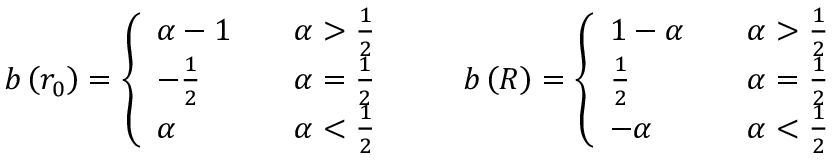
b \left( r _ { 0 } \right) = \left\{ \begin{array} { l l } { { \alpha - 1 } } & { { \quad \alpha > \frac { 1 } { 2 } } } \\ { { - \frac { 1 } { 2 } } } & { { \quad \alpha = \frac { 1 } { 2 } } } \\ { { \alpha } } & { { \quad \alpha < \frac { 1 } { 2 } } } \end{array} \right. \qquad b \left( R \right) = \left\{ \begin{array} { l l } { { 1 - \alpha } } & { { \quad \alpha > \frac { 1 } { 2 } } } \\ { { \frac { 1 } { 2 } } } & { { \quad \alpha = \frac { 1 } { 2 } } } \\ { { - \alpha } } & { { \quad \alpha < \frac { 1 } { 2 } } } \end{array} \right.